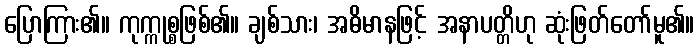
ပြောကြား၏။ ကုက္ကုစ္စဖြစ်၏။ ချစ်သား၊ အဓိမာနဖြင့် အနာပတ္တိဟု ဆုံးဖြတ်တော်မူ၏။